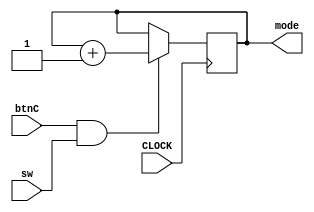
module change_mode(
    input CLOCK, 
    input btnC,
    input sw,
    
    output reg [1:0] mode
    );
    
    reg [1:0] mode = 2'b00;
    
    always @ (posedge CLOCK) begin
      if(btnC & sw) begin
        mode = mode + 1;
      end
    end
    
endmodule